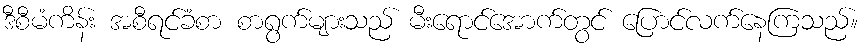
ဒီစီမံကိန်း အစီရင်ခံစာ စာရွက်များသည် မီးရောင်အောက်တွင် ပြောင်လက်နေကြသည်။